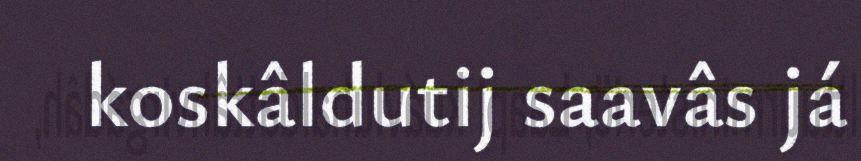
koskâldutij saavâs já